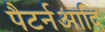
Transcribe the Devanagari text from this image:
पैटर्नआदि